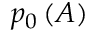
p _ { 0 } \left( A \right)